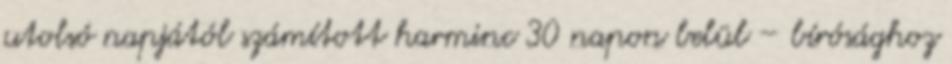
utolsó napjától számított harminc 30 napon belül – bírósághoz